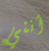
أنني